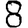
Digit: 8